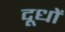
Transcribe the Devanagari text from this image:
दूधों